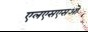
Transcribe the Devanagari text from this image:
एलएसएसओ